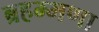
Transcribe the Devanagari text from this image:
ब्रहम्मणा